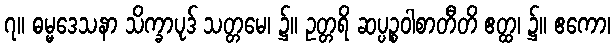
၇။ ဓမ္မဒေသနာ သိက္ခာပုဒ် သတ္တမေ၊ ၌။ ဥတ္တရိ ဆပ္ပဉ္စဝါစာတီတိ ဧတ္ထ၊ ၌။ ဧကော၊